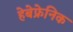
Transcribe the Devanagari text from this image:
हेबेफ्रेनिक